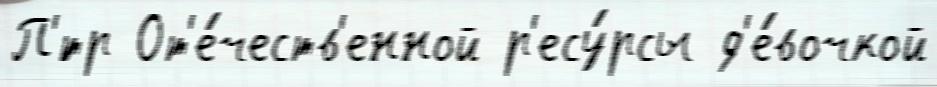
П'́тр От'е́честв'енной р'есу́рсы д'е́вочкой